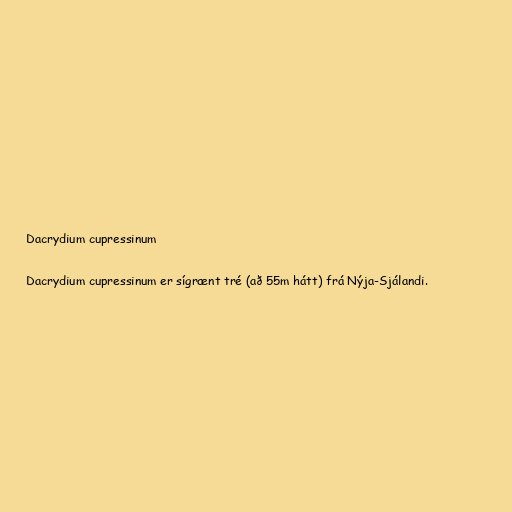
Dacrydium cupressinum

Dacrydium cupressinum er sígrænt tré (að 55m hátt) frá Nýja-Sjálandi.